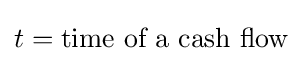
t={\text{time of a cash flow}}